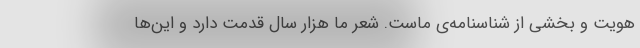
هویت و بخشی از شناسنامه‌ی ماست. شعر ما هزار سال قدمت دارد و این‌ها